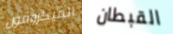
الميكروفون القبطان